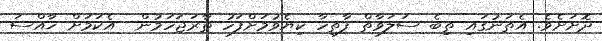
ދޮށަށެވެ. އެތަނުގައި ތިބެ ސަލަވާތް ފާތިހާ ކިޔެވުމަށްފަހު ތާރަޖަހަމުން  އެކަމަށް ޚާއްސަ